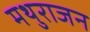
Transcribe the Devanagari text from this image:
मथुराजन